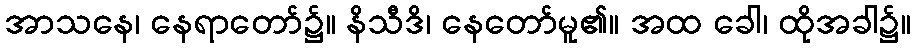
အာသနေ၊ နေရာတော်၌။ နိသီဒိ၊ နေတော်မူ၏။ အထ ခေါ၊ ထိုအခါ၌။